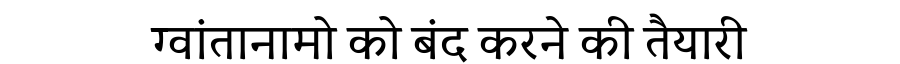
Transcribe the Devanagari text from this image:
ग्वांतानामो को बंद करने की तैयारी